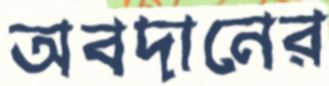
অবদানের